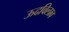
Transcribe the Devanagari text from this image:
ऊदविलाव